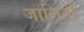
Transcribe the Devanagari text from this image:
जालिनी